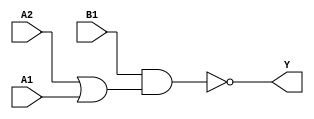
module sky130_fd_sc_ls__o21ai (
    Y ,
    A1,
    A2,
    B1
);
    output Y ;
    input  A1;
    input  A2;
    input  B1;
    wire or0_out    ;
    wire nand0_out_Y;
    or   or0   (or0_out    , A2, A1         );
    nand nand0 (nand0_out_Y, B1, or0_out    );
    buf  buf0  (Y          , nand0_out_Y    );
endmodule